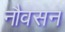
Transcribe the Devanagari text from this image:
नौवसन